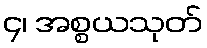
၄၊ အစ္စယသုတ်